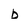
Character: b